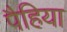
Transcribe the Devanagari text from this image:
पैहिया